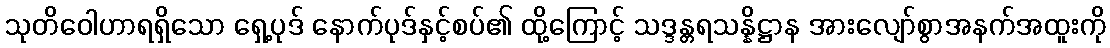
သုတိဝေါဟာရရှိသော ရှေ့ပုဒ် နောက်ပုဒ်နှင့်စပ်၏ ထို့ကြောင့် သဒ္ဒန္တရသန္နိဋ္ဌာန အားလျော်စွာအနက်အထူးကို